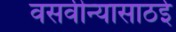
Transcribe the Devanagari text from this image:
वसवीन्यासाठई